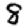
Digit: 8